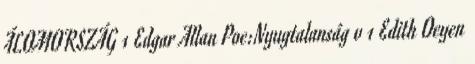
ÁLOMORSZÁG 1 Edgar Allan Poe:Nyugtalanság v 1 Edith Oeyen